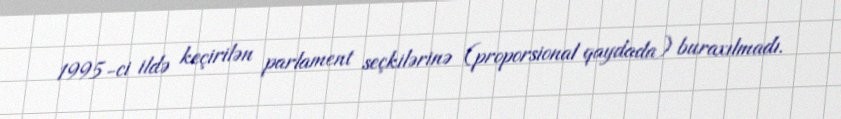
1995-ci ildə keçirilən parlament seçkilərinə (proporsional qaydada) buraxılmadı.